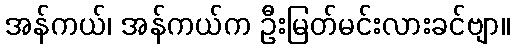
အန်ကယ်၊ အန်ကယ်က ဦးမြတ်မင်းလားခင်ဗျာ။